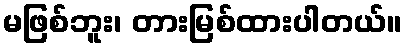
မဖြစ်ဘူး၊ တားမြစ်ထားပါတယ်။